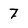
Character: 7